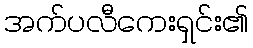
အက်ပလီကေးရှင်း၏